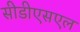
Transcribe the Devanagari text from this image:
सीडीएसएल